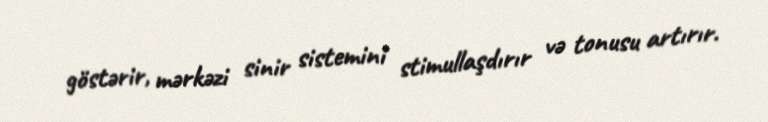
göstərir, mərkəzi sinir sistemini stimullaşdırır və tonusu artırır.